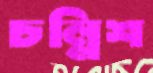
চল্লিশ